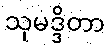
သုမဒ္ဒိတာ